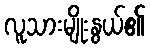
လူသားမျိုးနွယ်၏